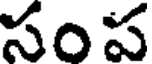
సంప